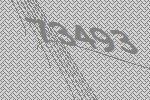
73493